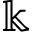
\Bbbk